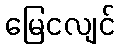
မြေငလျင်